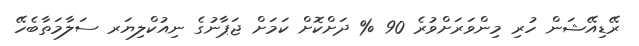
ރޭޑިއޭޝަން ހުރި މިންވަރަށްވުރެ 90 % ދަށްކޮށް ކަމަށް ޖަޕާނުގެ ނިއުކްލިޔަރ ސަލާމަތާބެހޭ